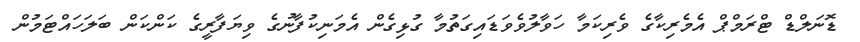
ޑޮނަލްޑް ޓްރަމްޕް އެމެރިކާގެ ވެރިކަމާ ހަވާލުވެވަޑައިގަތުމާ ގުޅިގެން އެމަނިކުފާނުގެ ވިޔަފާރީގެ ކަންކަން ބަލަހައްޓަމުން